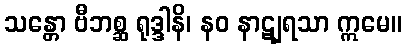
သန္တော ဗီဘစ္ဆ ရုဒ္ဒါနိ၊ နဝ နာဋျရသာ ဣမေ။